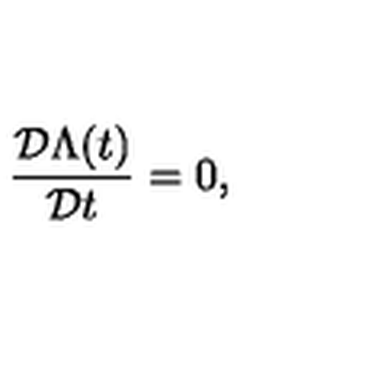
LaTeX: \frac { { \cal D } \Lambda ( t ) } { { \cal D } t } = 0 ,